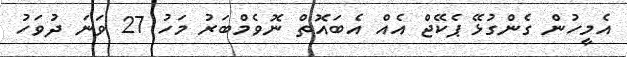
އެމީހުން ގެންގުޅޭ ޕެކޭޖް އެއް އެބައޮތް ނޮވެމްބަރު މަހު 27 ވަނަ ދުވަހު